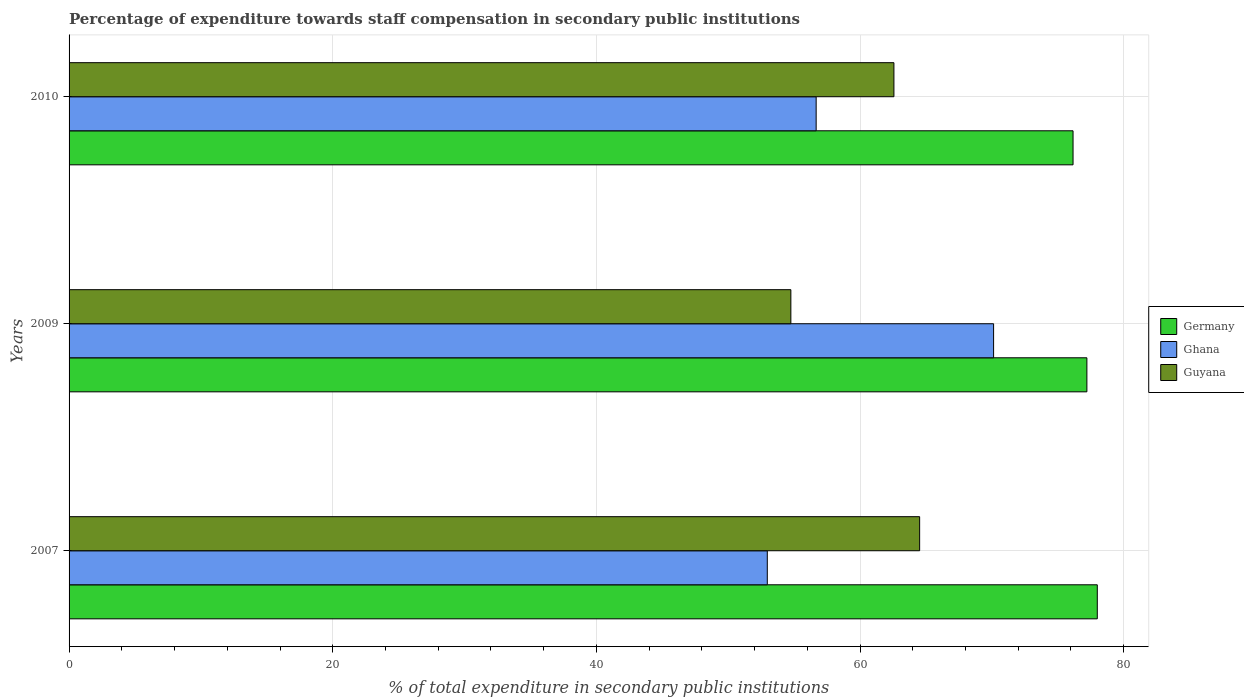
| Years | Germany | Ghana | Guyana |
 | --- | --- | --- | --- |
 | 2007 | 78 | 53 | 64.5 |
 | 2009 | 77.2 | 70.1 | 54.8 |
 | 2010 | 76.2 | 56.7 | 62.6 |